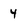
Character: 4